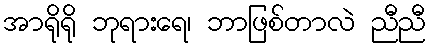
အာရိုရို ဘုရားရေ၊ ဘာဖြစ်တာလဲ ညီညီ